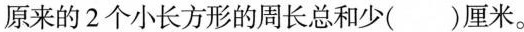
原来的2个小长方形的周长总和少()厘米。